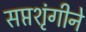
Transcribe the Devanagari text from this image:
सप्तशृंगीने